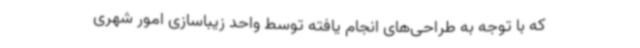
که با توجه به طراحی‌های انجام یافته توسط واحد زیباسازی امور شهری